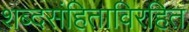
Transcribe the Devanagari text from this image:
शब्दसंहिताविरहित